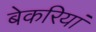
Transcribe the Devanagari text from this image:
बेकरियां